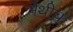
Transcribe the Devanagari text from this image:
मेथीचा